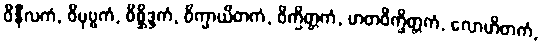
ဝိနီလကံ, ဝိပုဗ္ဗကံ, ဝိစ္ဆိဒ္ဒကံ, ဝိက္ခာယိတကံ, ဝိက္ခိတ္တကံ, ဟတဝိက္ခိတ္တကံ, လောဟိတကံ,